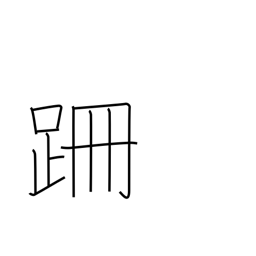
Meaning: stumble